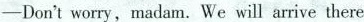
——Don't worry,madam. We will arrive there